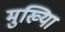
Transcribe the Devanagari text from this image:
मुख्यिा